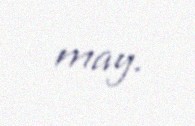
may.